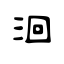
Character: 洄